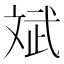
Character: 斌